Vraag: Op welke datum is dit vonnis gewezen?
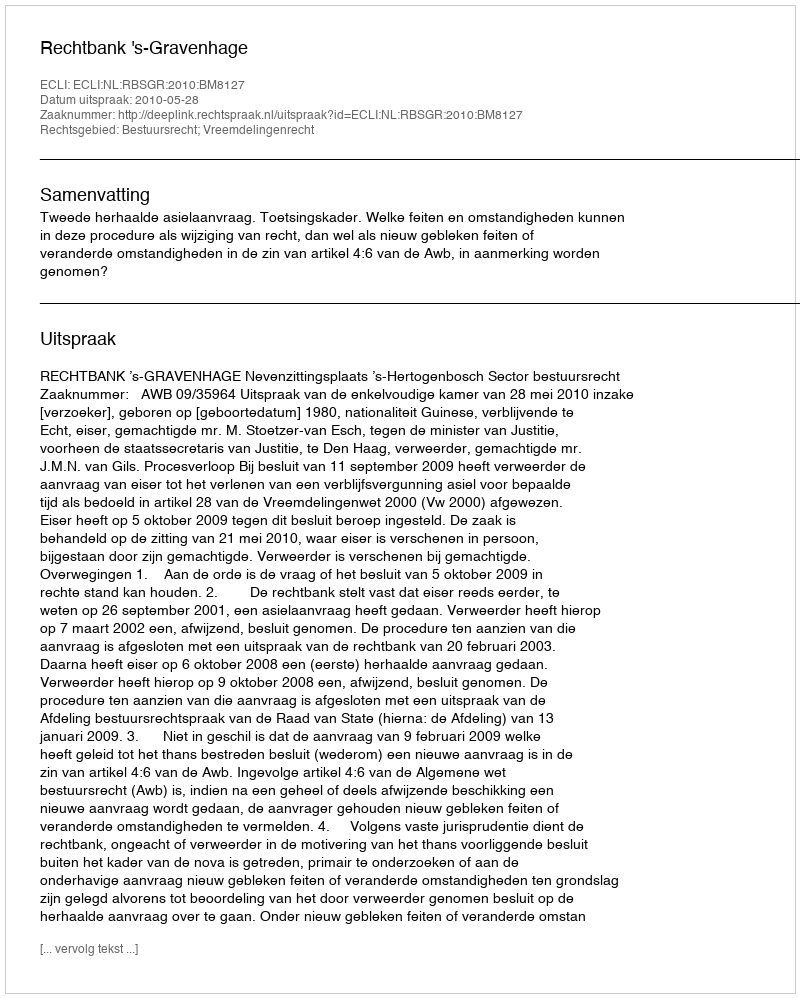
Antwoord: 2010-05-28